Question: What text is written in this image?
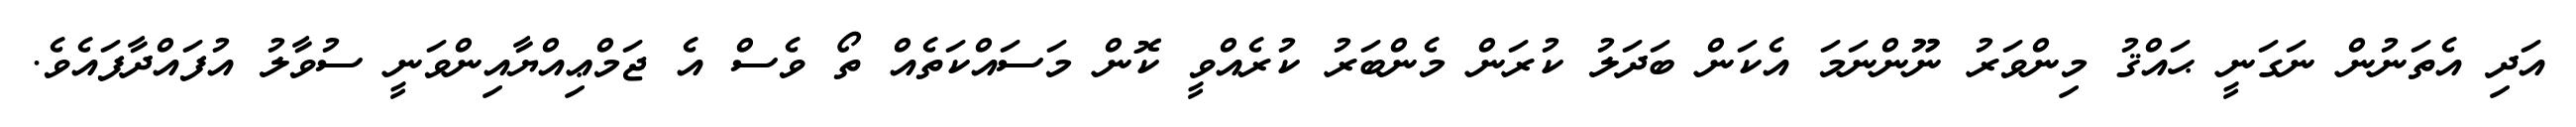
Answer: އަދި އެތަނުން ނަގަނީ ޙައްޤު މިންވަރު ނޫންނަމަ އެކަން ބަދަލު ކުރަން މެންބަރު ކުރެއްވީ ކޮން މަސައްކަތެއް ތޯ ވެސް އެ ޖަމްޢިއްޔާއިންވަނީ ސުވާލު އުފައްދާފައެވެ.